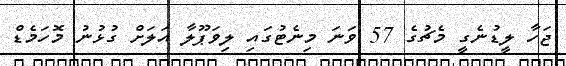
ޖަހާ ލީޑުނެގީ މެޗުގެ 57 ވަނަ މިނެޓުގައި ލިވަޕޫލާ އަލަށް ގުޅުނު މޮހަމެޑް